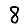
Digit: 8